Materia medica of Madras volume I
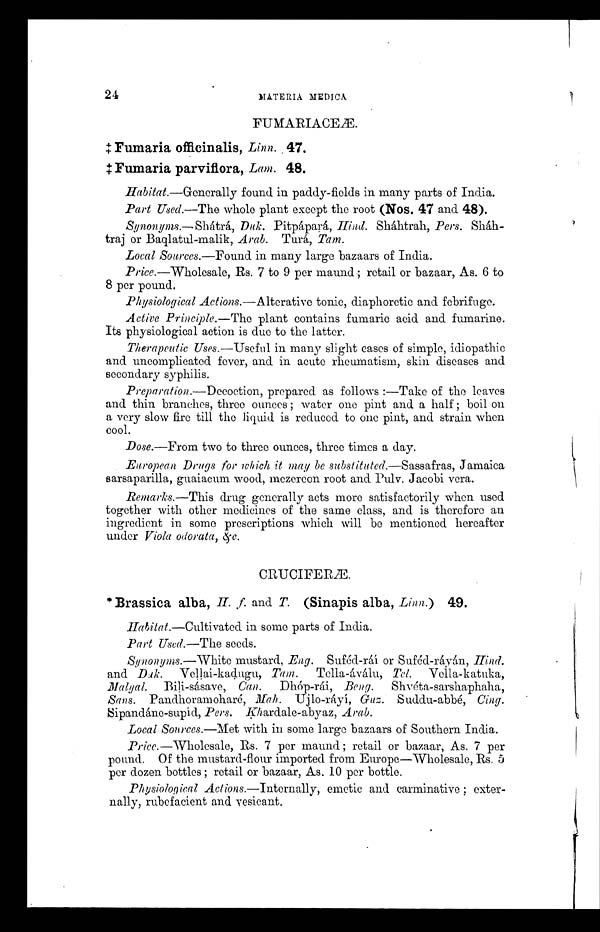
2 4
MATERIA MEDICA
FUMARIACEÆ.
‡ Fumaria officinalis, Linn. 47 .
‡ Fumaria parviflora, Lam. 48.
Habitat.—Generally found in paddy-fields in many parts of India.
Part Used.—The whole plant except the root (Nos. 47 and. 48).
Synonyms.—Shátrá, Duk. Pitpápará, Hind. Sháhtrah, Pers. Sháh-
traj or Baqlatul-malik, Arab. Turá, Tam.
Local Sources.—Found in many large bazaars of India.
Price.—Wholesale, Rs. 7 to 9 per maund; retail or bazaar, As. 6 to
8 per pound.
Physiological Actions.—Alterative tonic, diaphoretic and febrifuge.
Active Principle.—The plant contains fumaric acid and fumarine.
Its physiological action is due to the latter.
Therapeutic Uses.—Useful in many slight cases of simple, idiopathic
and uncomplicated fever, and in acute rheumatism, skin diseases and
secondary syphilis.
Preparation.—Decoction, prepared as follows:—Take of the leaves
and thin branches, three ounces; water one pint and a half; boil on
a very slow fire till the liquid is reduced to one pint, and strain when
cool.
Dose.
—
From two to three ounces, three times a day.
European Drugs for which it may be substituted.—Sassafras, Jamaica
sarsaparilla, guaiacum wood, mezereon root and Pulv. Jacobi vera.
Remarks.—This drug generally acts more satisfactorily when used
together with other medicines of the same class, and is therefore an
ingredient in some prescriptions which will be mentioned hereafter
under Viola odorata, &c.
CRUCIFERÆ.
* Brassica alba, H. f and T. (Sinapis alba, Linn.) 49.
Habitat.—Cultivated in some parts of India.
Part Used.—The seeds.
Synonyms.—White mustard, Eng. Suféd-ráí or Suféd-ráyán, Hind.
and Duk. Vellai-kadugu, Tam. Tella-áválu, Tel. Vella- katuka,
Malyal. Bili-sásave, Can.
Dhóp-rái, Beng.
Shvéta-sarshaphaha,
Sans. Pandhoramoharé, Mah. Ujlo-ráyí, Guz. Suddu- abbé, Cing.
Sipandáne-supíd, Pers. Khardale-abyaz, Arab.
Local Sources.—Met with in some large bazaars of Southern India.
Price.
—
Wholesale, Rs. 7 per maund; retail or bazaar, As. 7 per
pound. Of the mustard-flour imported from Europe—Wholesale, Rs. 5
per dozen bottles; retail or bazaar, As. 10 per bottle.
Physiological Actions.—Internally, emetic and carminative; exter-
nally, rubefacient and vesicant.